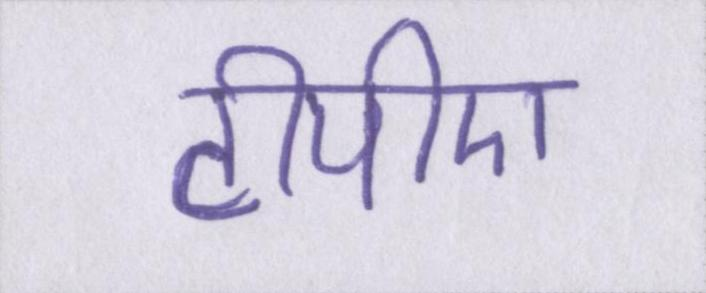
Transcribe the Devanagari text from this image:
टीपीए